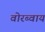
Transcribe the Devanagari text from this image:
वोरब्वाय